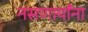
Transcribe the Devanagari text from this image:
नसणार्यांना